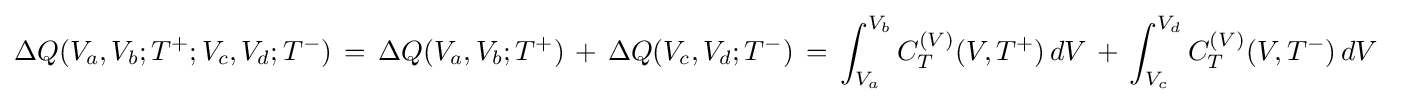
\Delta Q(V_{a},V_{b};T^{+};V_{c},V_{d};T^{-})\,=\,\Delta Q(V_{a},V_{b};T^{+})\,+\,\Delta Q(V_{c},V_{d};T^{-})\,=\,\int _{V_{a}}^{V_{b}}C_{T}^{(V)}(V,T^{+})\,dV\,+\,\int _{V_{c}}^{V_{d}}C_{T}^{(V)}(V,T^{-})\,dV\